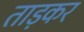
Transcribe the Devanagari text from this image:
ताड़कर